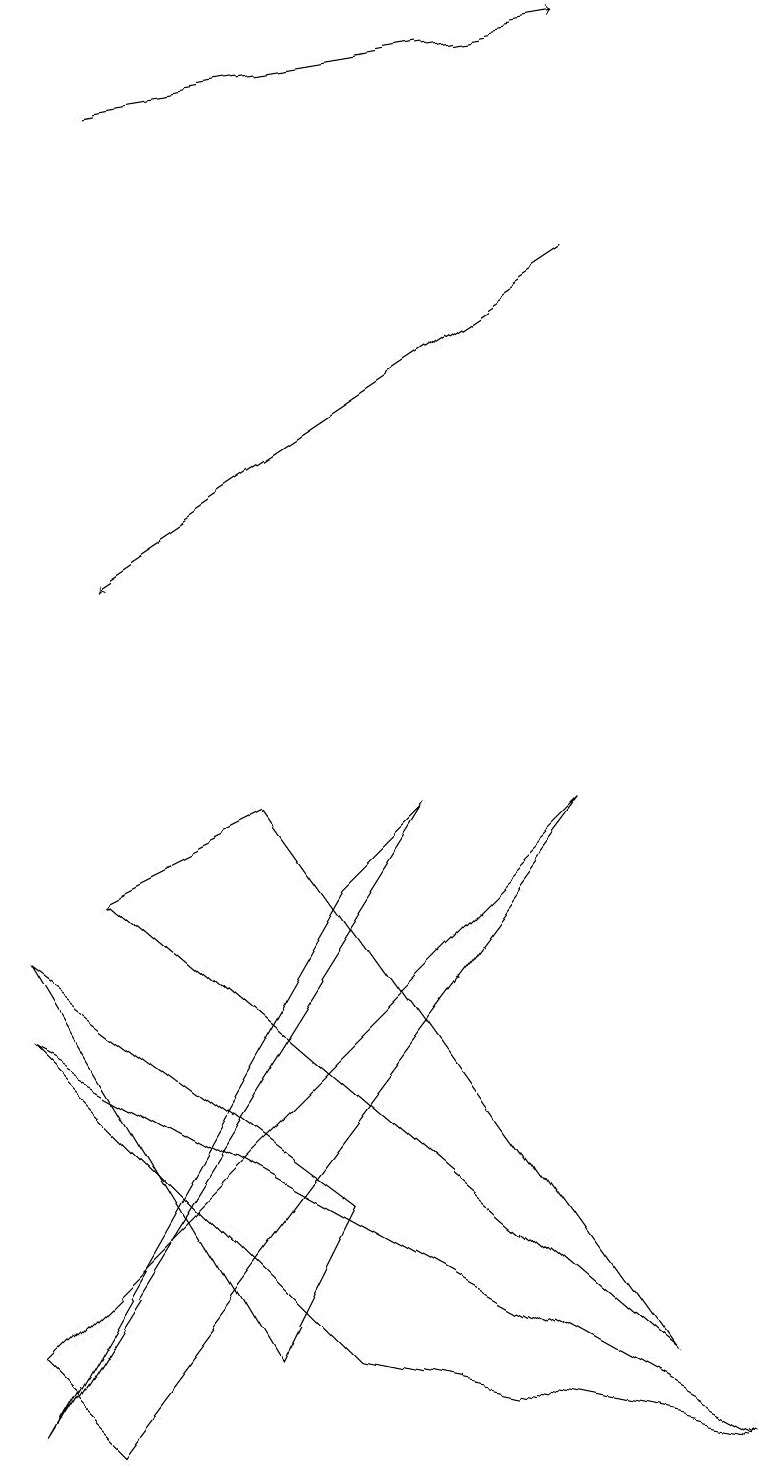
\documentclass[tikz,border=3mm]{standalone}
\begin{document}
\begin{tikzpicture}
\draw (3,1) -- (4,3) -- (0,6) -- cycle;
\draw (3,8) -- (1,7) -- (8,1) -- cycle;
\draw[->] (7,15) -- (1,11);
\draw (4,7) -- (5,8) -- (0,0) -- cycle;
\draw (0,1) -- (1,0) -- (7,8) -- cycle;
\draw[->] (1,17) -- (7,18);
\draw (0,5) -- (4,1) -- (9,0) -- cycle;
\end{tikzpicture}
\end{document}